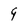
Character: 9